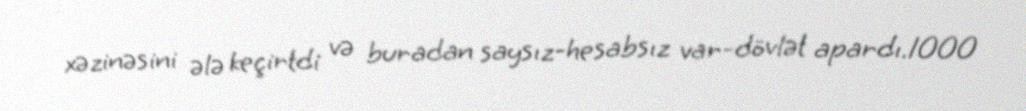
xəzinəsini ələ keçirtdi və buradan saysız-hesabsız var-dövlət apardı.1000